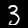
Label: 3